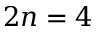
2 n = 4